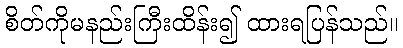
စိတ်ကိုမနည်းကြီးထိန်း၍ ထားရပြန်သည်။